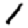
Digit: 1